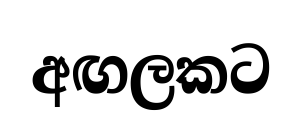
අඟලකට